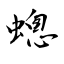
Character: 蟌